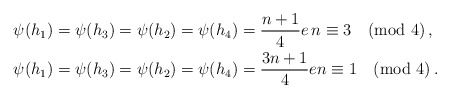
\begin{align*}\psi(h_1)&=\psi(h_3)=\psi(h_2)=\psi(h_4)=\frac{n+1}{4}e \, n\equiv 3 \pmod{4}\,,\\ \psi(h_1)&=\psi(h_3)=\psi(h_2)=\psi(h_4)=\frac{3n+1}{4}e n\equiv 1 \pmod{4}\,.\end{align*}